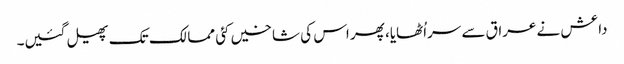
داعش نے عراق سے سراُٹھایا، پھر اس کی شاخیں کئی ممالک تک پھیل گئیں۔